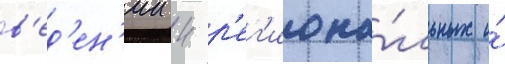
в'ед'ен'ии 4 р'ег'иона́льных и́